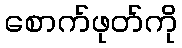
စောက်ဖုတ်ကို